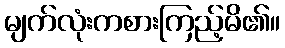
မျက်လုံးကစားကြည့်မိ၏။